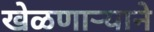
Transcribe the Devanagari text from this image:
खेळणाऱ्याने